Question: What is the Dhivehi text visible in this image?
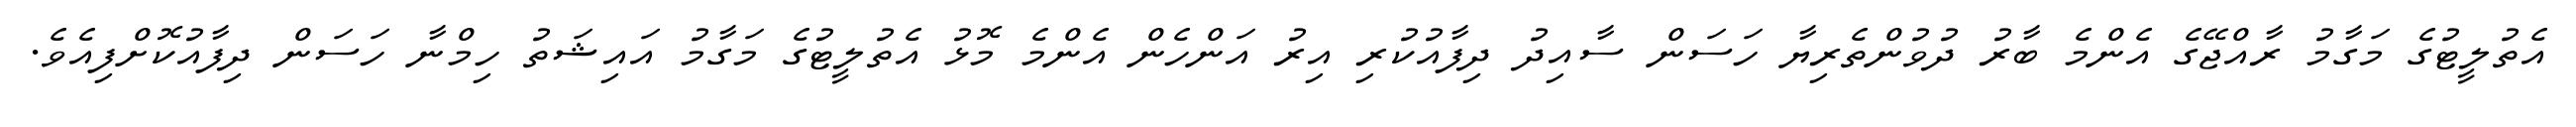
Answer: އެތުލީޓުގެ މަގާމު ރާއްޖޭގެ އެންމެ ބާރު ދުވުންތެރިޔާ ހަސަން ސާއިދު ދިފާއުކުރި އިރު އަންހެން އެންމެ މޮޅު އެތުލީޓުގެ މަގާމު އައިޝަތު ހިމްނާ ހަސަން ދިފާއުކޮށްފިއެވެ.